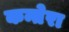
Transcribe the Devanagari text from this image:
कन्तेरा